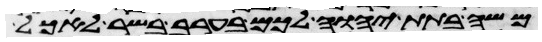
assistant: משה בתת יהוה לכם בערב בשר לאכל